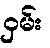
ဝှမ်း